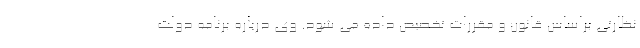
نظارتی براساس قانون و مقررات تخصیص داده می شود. وی درباره برنامه دولت